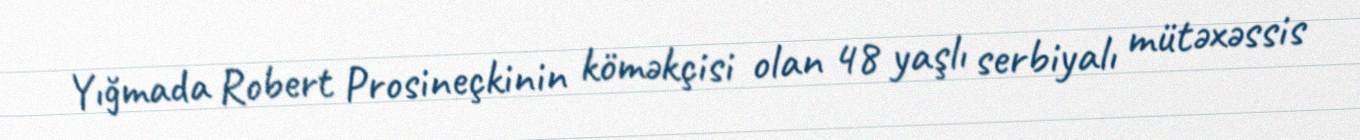
Yığmada Robert Prosineçkinin köməkçisi olan 48 yaşlı serbiyalı mütəxəssis